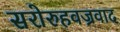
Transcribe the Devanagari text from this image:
सरोरुहवज्रवाद